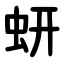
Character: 蚈